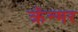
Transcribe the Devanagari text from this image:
क्रॅन्मर